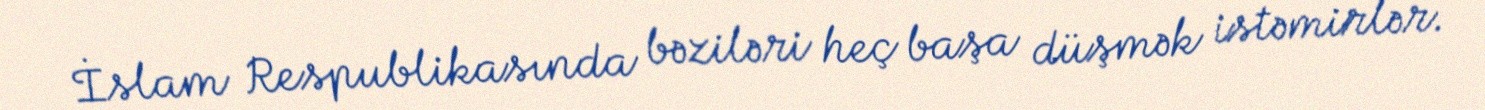
İslam Respublikasında bəziləri heç başa düşmək istəmirlər.